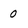
Character: 0